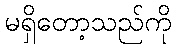
မရှိတော့သည်ကို